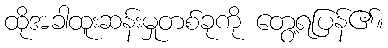
ထိုအခါထူးဆန်းမှုတစ်ခုကို တွေ့ရပြန်၏။